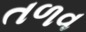
તળવ